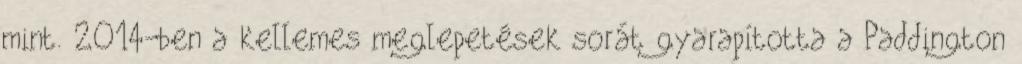
mint. 2014-ben a kellemes meglepetések sorát gyarapította a Paddington